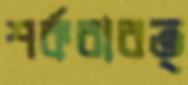
শর্করাবত্